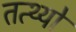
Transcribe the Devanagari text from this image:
तत्थ्यो